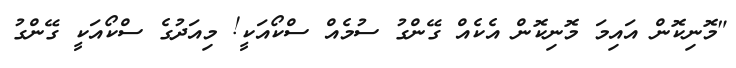
"މޮނިކޮން އައިމަ މޮނިކޮން އެކެއް ގޭންގު ސުމެއް ސްކޯއަކީ! މިއަދުގެ ސްކޯއަކީ ގޭންގު